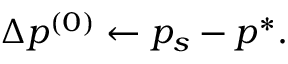
\Delta p ^ { ( 0 ) } \gets p _ { s } - p ^ { * } .